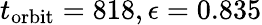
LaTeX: t_{\textrm{orbit}}=818,\epsilon=0.835